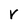
Character: V